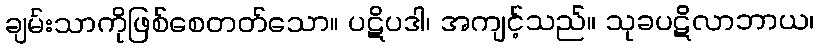
ချမ်းသာကိုဖြစ်စေတတ်သော။ ပဋိပဒါ၊ အကျင့်သည်။ သုခပဋိလာဘာယ၊